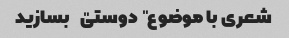
شعری با موضوع "دوستی" بسازید